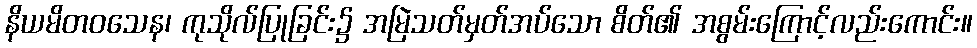
နိယမိတဝသေန၊ ကုသိုလ်ပြုခြင်း၌ အမြဲသတ်မှတ်အပ်သော စိတ်၏ အစွမ်းကြောင့်လည်းကောင်း။